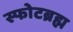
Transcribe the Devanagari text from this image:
स्फोटब्रह्म